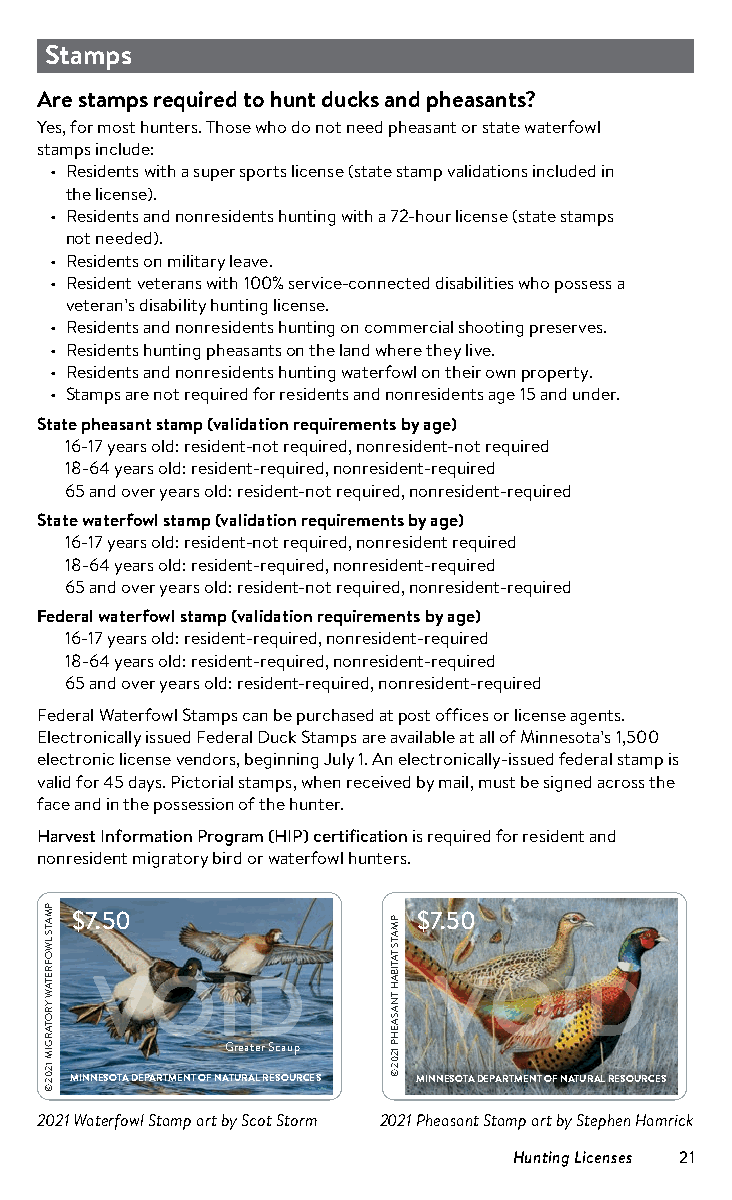
Stamps
 Are stamps required to hunt ducks and pheasants?
 Yes, for most hunters. Those who do not need pheasant or state waterfowl
 stamps include:
 • Residents with a super sports license (state stamp validations included in
 the license).
 • Residents and nonresidents hunting with a 72-hour license (state stamps
 not needed).
 • Residents on military leave.
 • Resident veterans with 100% service-connected disabilities who possess a
 veteran’s disability hunting license.
 • Residents and nonresidents hunting on commercial shooting preserves.
 • Residents hunting pheasants on the land where they live.
 • Residents and nonresidents hunting waterfowl on their own property.
 • Stamps are not required for residents and nonresidents age 15 and under.
 State pheasant stamp (validation requirements by age)
 16-17 years old: resident-not required, nonresident-not required
 18-64 years old: resident-required, nonresident-required
 65 and over years old: resident-not required, nonresident-required
 State waterfowl stamp (validation requirements by age)
 16-17 years old: resident-not required, nonresident required
 18-64 years old: resident-required, nonresident-required
 65 and over years old: resident-not required, nonresident-required
 Federal waterfowl stamp (validation requirements by age)
 16-17 years old: resident-required, nonresident-required
 18-64 years old: resident-required, nonresident-required
 65 and over years old: resident-required, nonresident-required
 Federal Waterfowl Stamps can be purchased at post offices or license agents.
 Electronically issued Federal Duck Stamps are available at all of Minnesota’s 1,500
 electronic license vendors, beginning July 1. An electronically-issued federal stamp is
 valid for 45 days. Pictorial stamps, when received by mail, must be signed across the
 face and in the possession of the hunter.
 Harvest Information Program (HIP) certification is required for resident and
 nonresident migratory bird or waterfowl hunters.
 AMP
 $7.50                  $7.50
 WL
 ST
 O
 RF
 ATE
 W
 RY
 O
 AT
 R
 MIG         Greater Scaup
 ©
 2021
 MINNESOTA DEPARTMENT OF NATURAL RESOURCES MINNESOTA DEPARTMENT OF NATURAL RESOURCES
 2021 Waterfowl Stamp art by Scot Storm 2021 Pheasant Stamp art by Stephen Hamrick
 Hunting Licenses 21
 PMATS
 TATIBAH
 TNASAEHP
 1202
 ©